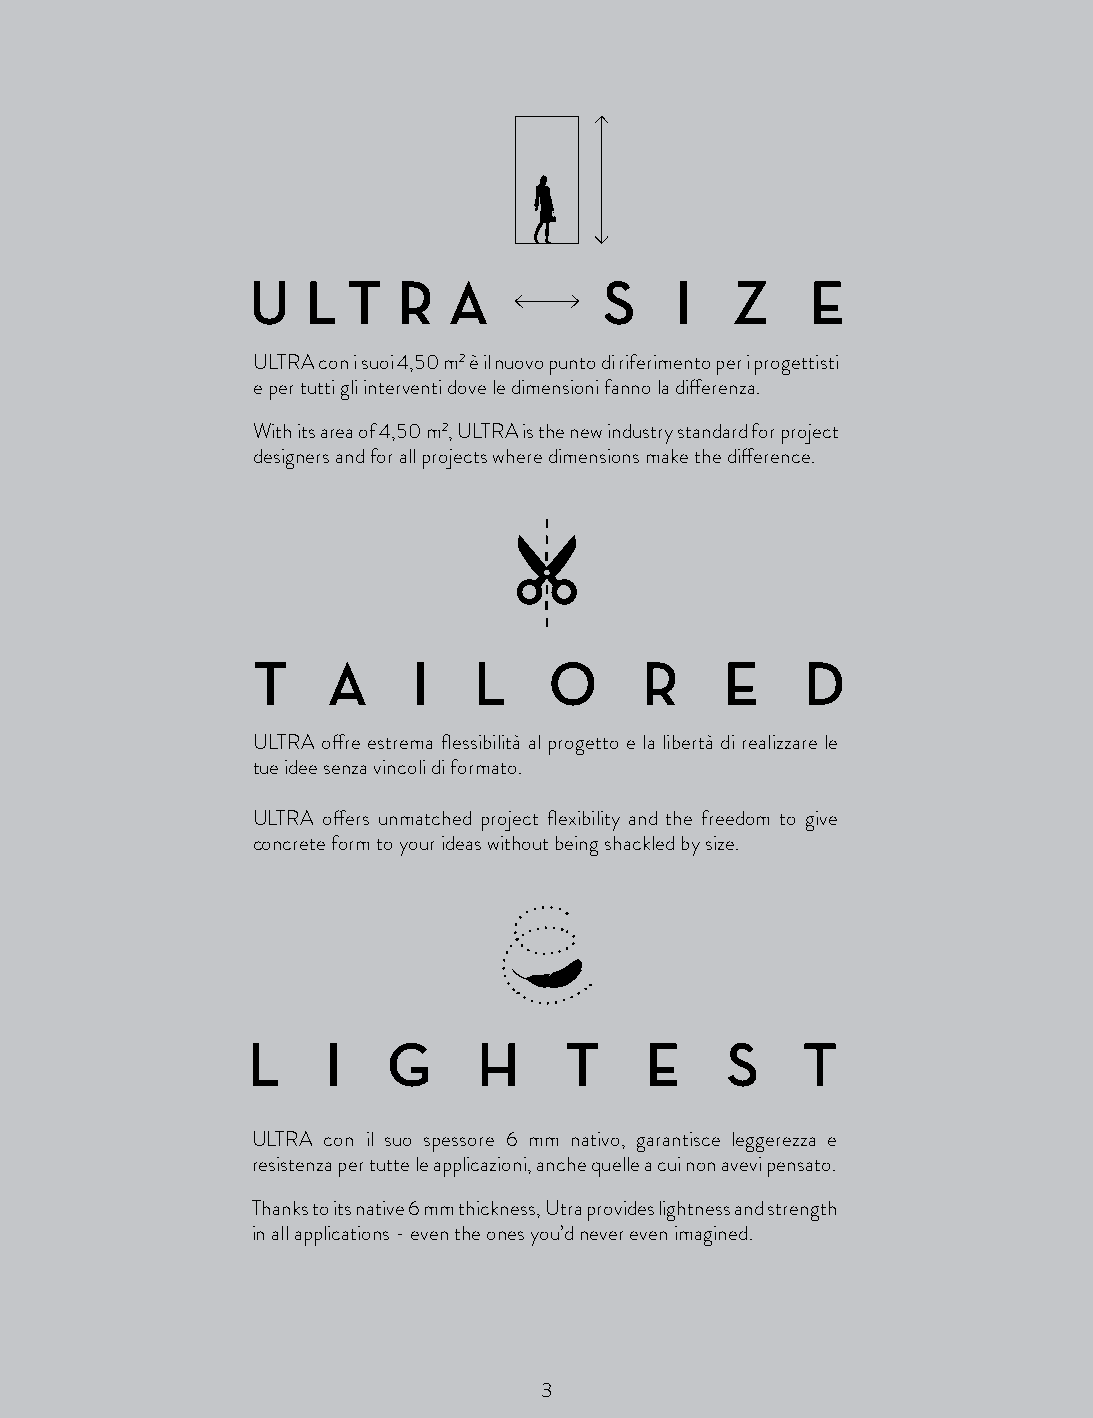
U   L  T  R   A         S    I  Z     E
 ULTRA con i suoi 4,50 m2 è il nuovo punto di riferimento per i progettisti
 e per tutti gli interventi dove le dimensioni fanno la differenza.
 With its area of 4,50 m2, ULTRA is the new industry standard for project
 designers and for all projects where dimensions make the difference.
 T    A    I   L    O      R    E    D
 ULTRA offre estrema flessibilità al progetto e la libertà di realizzare le
 tue idee senza vincoli di formato.
 ULTRA offers unmatched project flexibility and the freedom to give
 concrete form to your ideas without being shackled by size.
 L     I   G     H    T     E    S    T
 ULTRA con il suo spessore 6 mm nativo, garantisce leggerezza e
 resistenza per tutte le applicazioni, anche quelle a cui non avevi pensato.
 Thanks to its native 6 mm thickness, Utra provides lightness and strength
 in all applications - even the ones you’d never even imagined.
 3